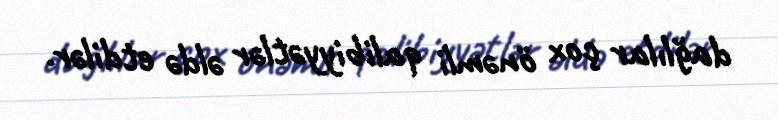
dağlılar çox önəmli qalibiyyətlər əldə etdilər.